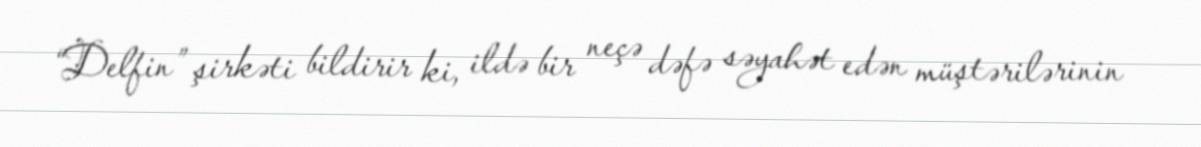
“Delfin” şirkəti bildirir ki, ildə bir neçə dəfə səyahət edən müştərilərinin